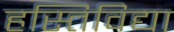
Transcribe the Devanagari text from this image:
हस्तिविद्या